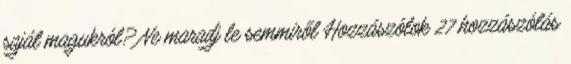
saját magukról? Ne maradj le semmiről Hozzászólok 27 hozzászólás